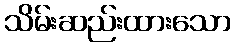
သိမ်းဆည်းထားသော